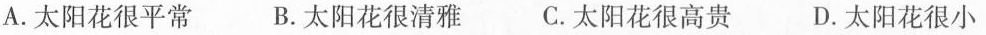
A.太阳花很平常 B.太阳花很清雅 C.太阳花很高贵 D.太阳花很小